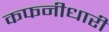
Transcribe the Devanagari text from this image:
कफनीधारी